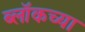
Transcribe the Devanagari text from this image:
ब्लॉकच्या